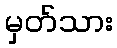
မှတ်သား